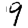
Digit: 9